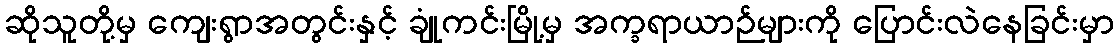
ဆိုသူတို့မှ ကျေးရွာအတွင်းနှင့် ချုံကင်းမြို့မှ အက္ခရာယာဉ်များကို ပြောင်းလဲနေခြင်းမှာ